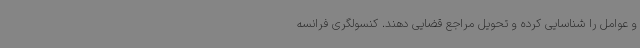
و عوامل را شناسایی کرده و تحویل مراجع قضایی دهند. کنسولگری فرانسه